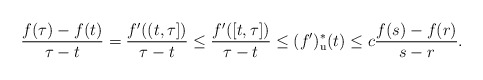
\begin{align*}\frac{f(\tau)-f(t)}{\tau-t} = \frac{f'((t,\tau])}{\tau-t}\leq \frac{f'([t,\tau])}{\tau-t}\leq (f')_{\mathrm{u}}^{*}(t) \leq c\frac{f(s)-f(r)}{s-r}. \end{align*}